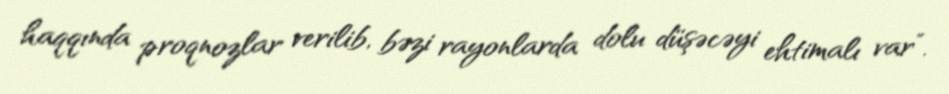
haqqında proqnozlar verilib, bəzi rayonlarda dolu düşəcəyi ehtimalı var”.